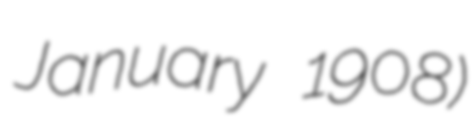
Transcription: January 1908)